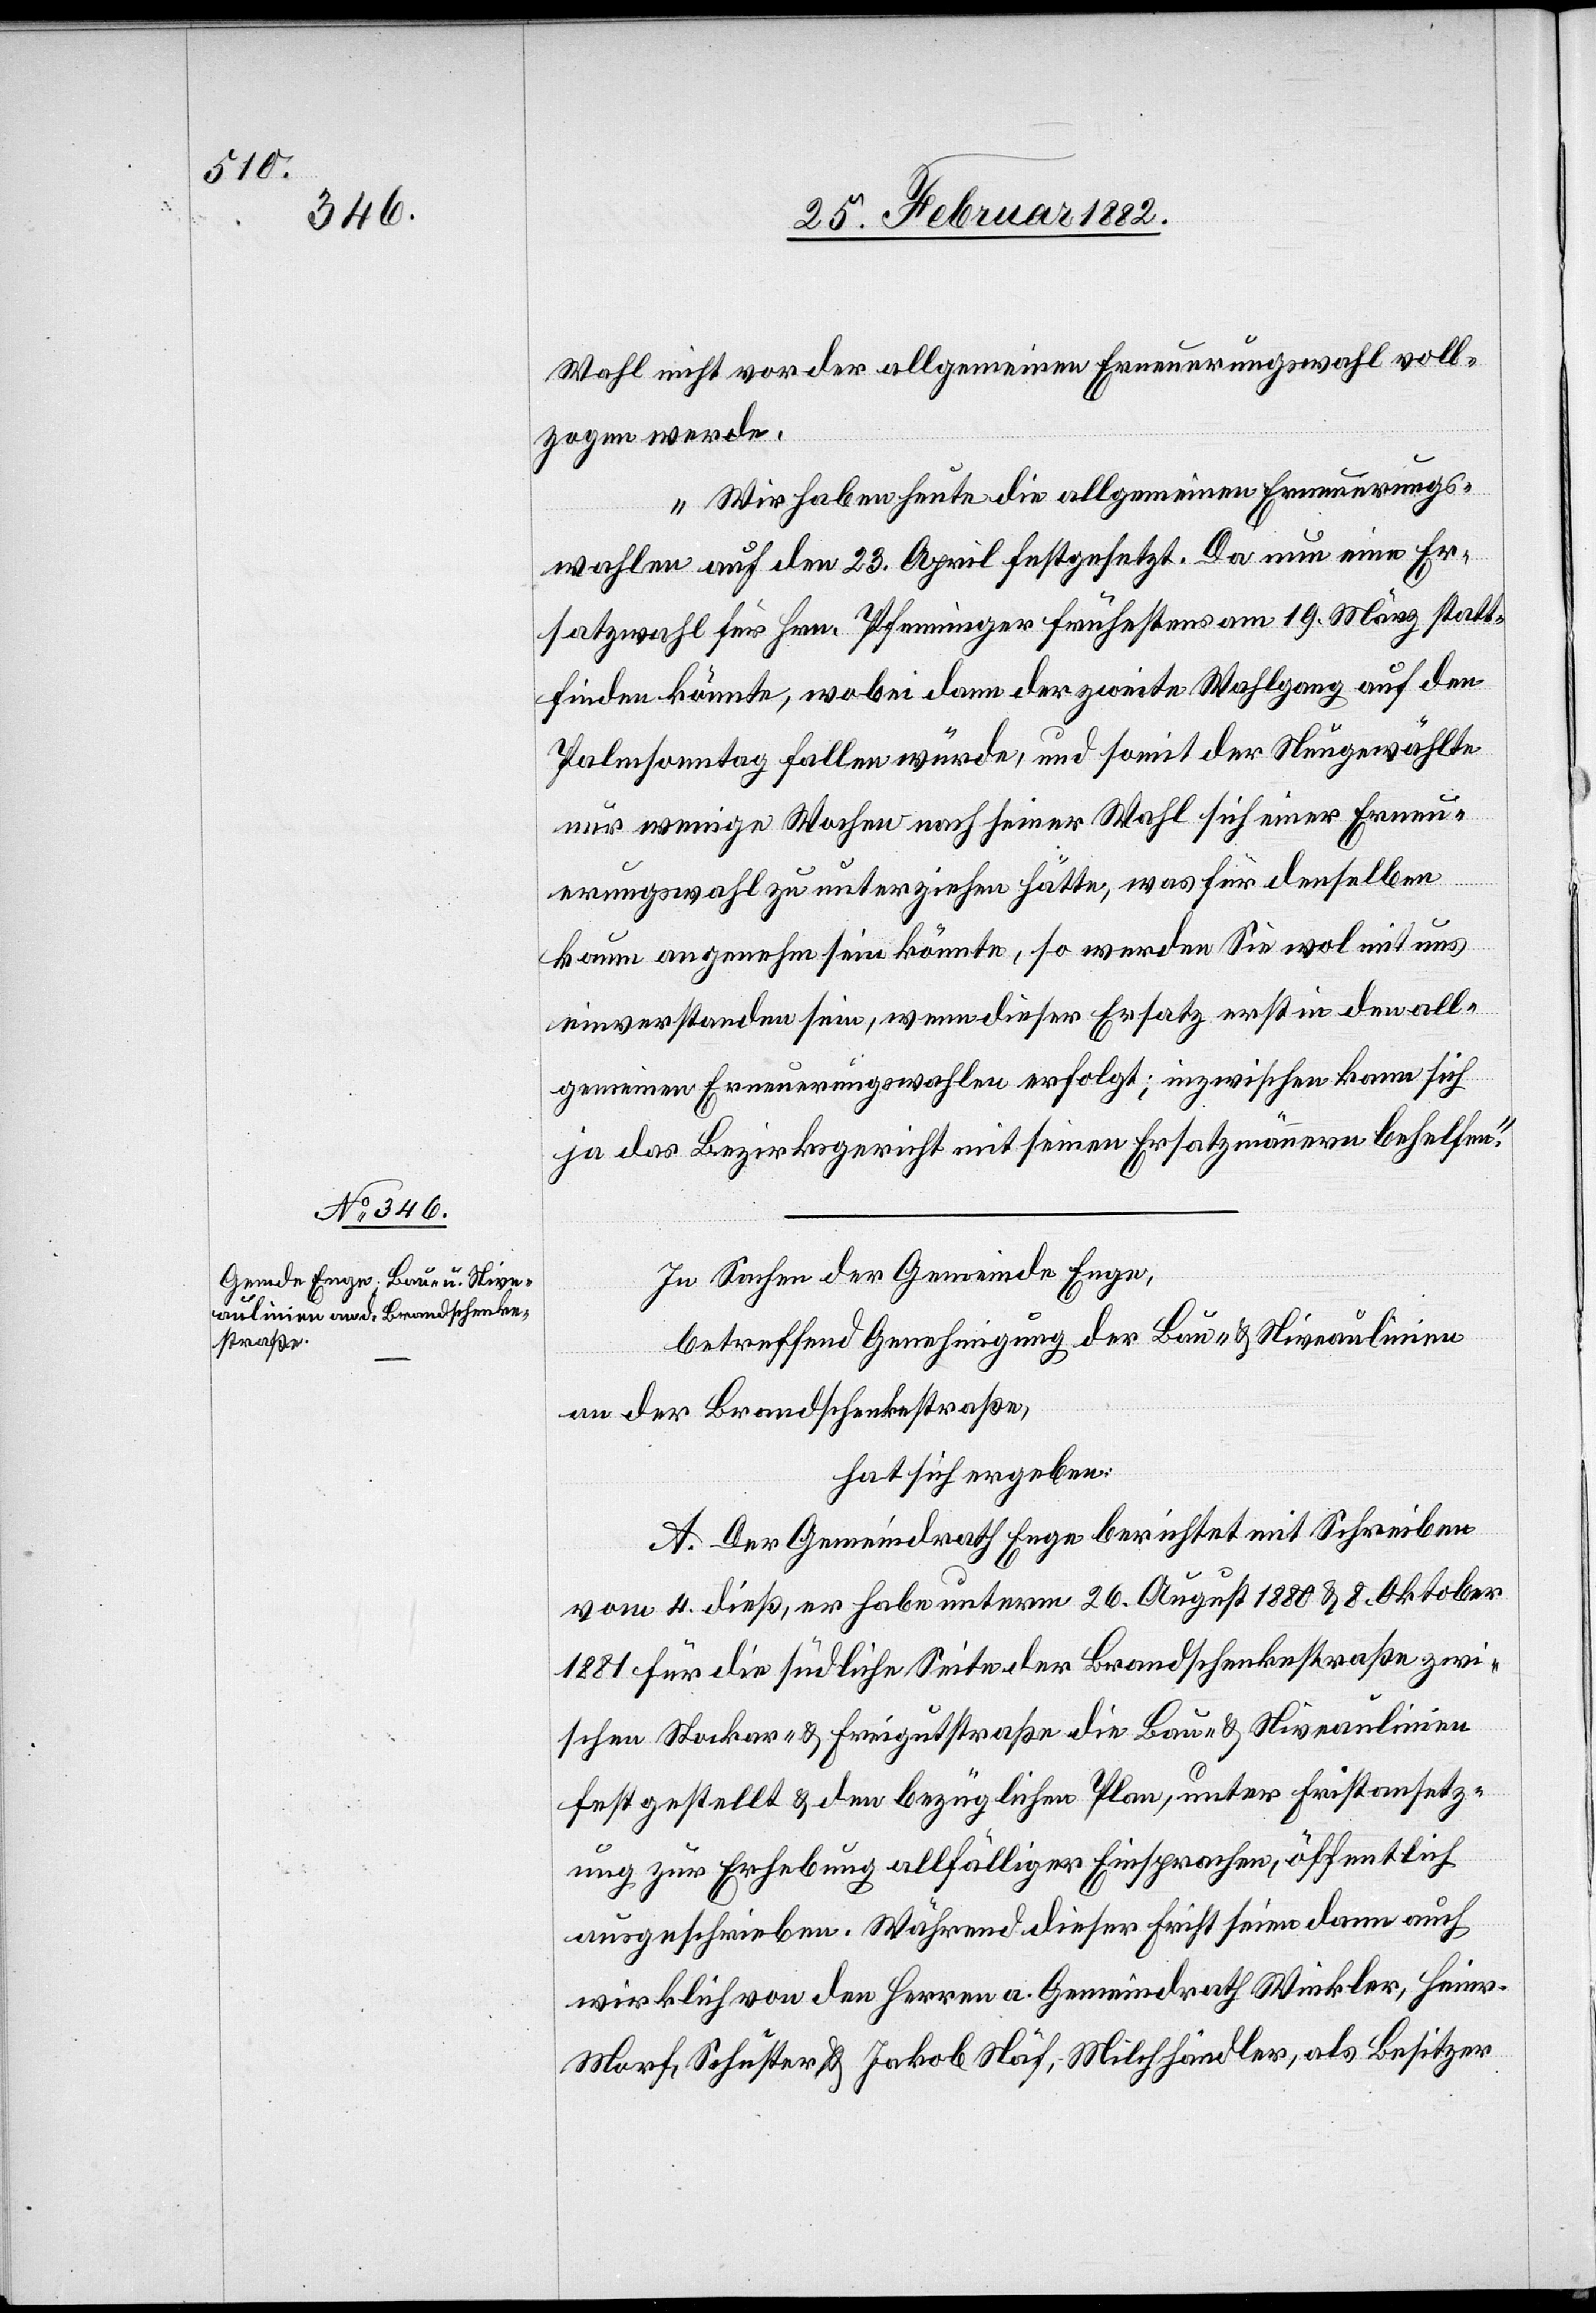
Wahl nicht vor der allgemeinen Erneuerungswahl voll¬
zogen werde.
Wir haben heute die allgemeine Erneuerungs¬
wahlen auf den 23. April festgesetzt. Da nun eine Er¬
satzwahl für Hrn. Pfenninger frühestens am 19. März statt¬
finden könnte, wobei dann der zweite Wahlgang auf den
Palmsonntag fallen würde, und soweit der Neugewählte
nur wenige Wochen nach seiner Wahl sich einer Erneu¬
erungswahl zu unterziehen hätte, was für denselben
kaum angenehm sein könnte, so werden Sie wol mit uns
einverstanden sein, wenn dieser Ersatz erst in den all¬
gemeinen Erneuerungswahlen erfolgt; inzwischen kann sich
ja das Bezirksgericht mit seinen Ersatzmännern behelfen.“
In Sachen der Gemeinde Enge,
betreffend Genehmigung der Bau- & Niveaulinien
an der Brandschenkestraße,
hat sich ergeben:
A. Der Gemeindrath Enge berichtet mit Schreiben
vom 4. dieß, er habe unterm 26. August 1880 & 8. Oktober
1881 für die südliche Seite der Brandschenkestraße zwi¬
schen Stocker- & Freigutstraße die Bau- & Niveaulinien
fest gestellt & den bezüglichen Plan, unter Fristansetz¬
ung zur Erhebung allfälliger Einsprachen, öffentlich
ausgeschrieben. Während dieser Frist seinen dann auch
wirklich von den Herren a. Gemeindrath Winkler, Heie¬
r-Morf, Schuchter & Jakob Näf, Milchhändler, als Besitzer